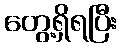
တွေ့ရှိရပြီး